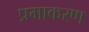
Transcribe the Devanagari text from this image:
प्रमाकरण